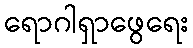
ရောဂါရှာဖွေရေး